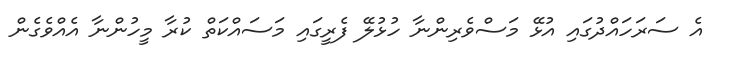
އެ ސަރަހައްދުގައި އުޅޭ މަސްވެރިންނާ ހުޅުލޭ ފެރީގައި މަސައްކަތް ކުރާ މީހުންނާ އެއްވެގެން